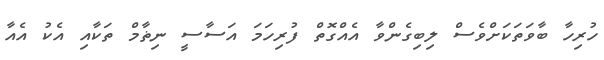
ހުރިހާ ބާވަތަކަށްވެސް ލިބިގެންވާ އެއްގޮތް ފުރިހަމަ އަސާސީ ނިޡާމް ތަކާއި އެކު އެއާ